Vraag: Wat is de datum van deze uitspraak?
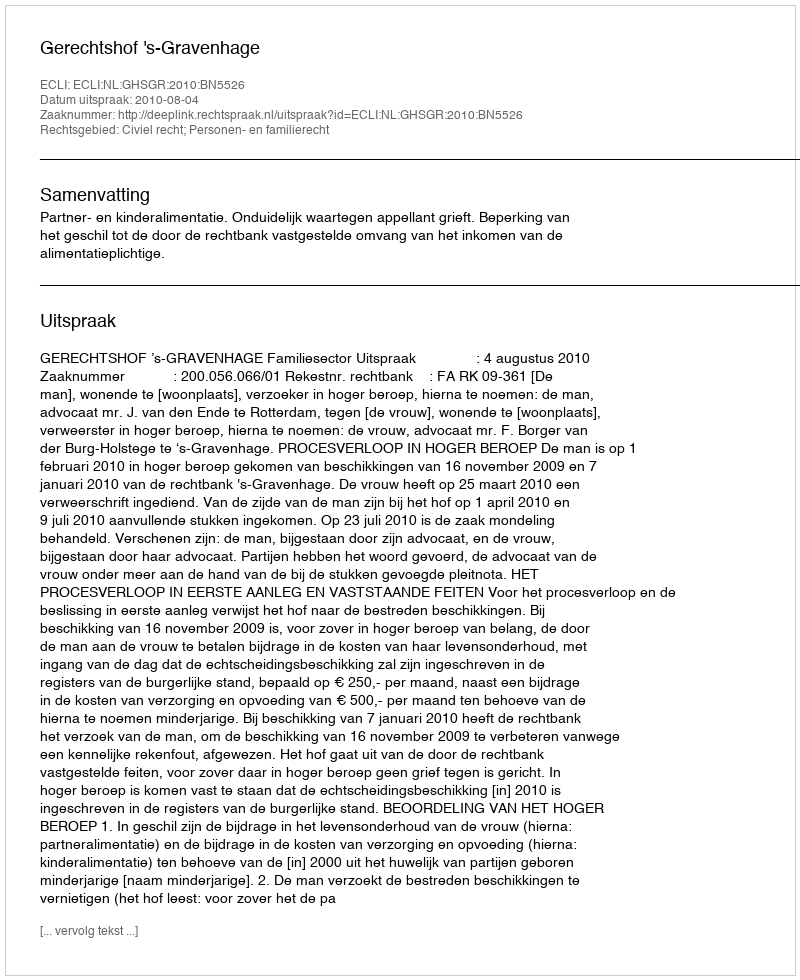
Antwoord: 2010-08-04